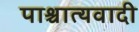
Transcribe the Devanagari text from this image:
पाश्चात्यवादी